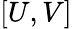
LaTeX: [U,V]